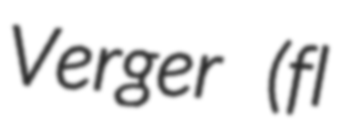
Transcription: Verger (fl